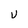
Character: U